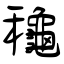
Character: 龝